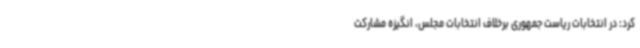
کرد: در انتخابات ریاست جمهوری برخلاف انتخابات مجلس، انگیزه مشارکت